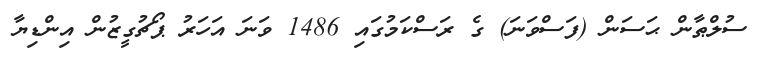
ސުލްޠާން ޙަސަން (ފަސްވަނަ) ގެ ރަސްކަމުގައި 1486 ވަނަ އަހަރު ޕޯޗުގީޒުން އިންޑިޔާ